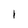
Character: l